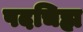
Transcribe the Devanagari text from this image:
पदचिह्म